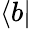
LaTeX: \langle b|